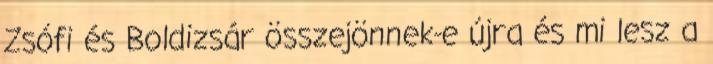
Zsófi és Boldizsár összejönnek-e újra és mi lesz a